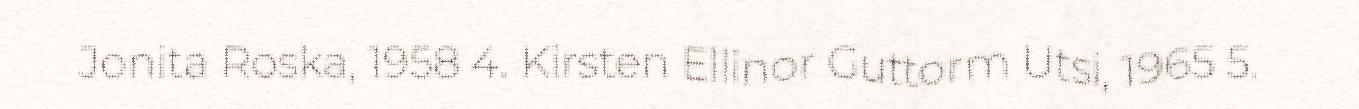
Jonita Roska, 1958 4. Kirsten Ellinor Guttorm Utsi, 1965 5.